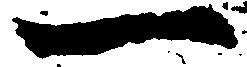
一